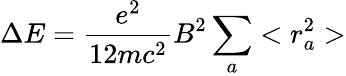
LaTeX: \Delta E=\frac{e^{2}}{12mc^{2}}B^{2}\sum_{a}<r_{a}^{2}>